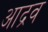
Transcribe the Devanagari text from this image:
आद्रव